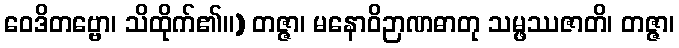
ဝေဒိတဗ္ဗော၊ သိထိုက်၏။) တဇ္ဇာ၊ မနောဝိဉာဏဓာတု သမ္ဖဿဇာတိ၊ တဇ္ဇာ၊